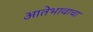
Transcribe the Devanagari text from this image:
आतेभावाचा